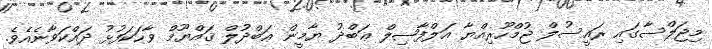
މިޖަލްސާގައި ރައީސުލް ޖުމްހޫރިއްޔާ އަލްފާޟިލް ޢަބްދު ޔާމީން ޢަބްދުލް ޤައްޔޫމް ވާހަކަފުޅު ދައްކަވާނެއެވެ.